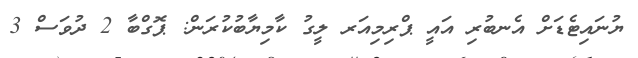
ޔުނައިޓެޑަށް އެނބުރި އައީ ޕްރިމިއަރ ލީގު ކާމިޔާބުކުރަން: ޕޮގްބާ 2 ދުވަސް 3